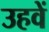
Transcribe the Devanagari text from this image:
उहवें